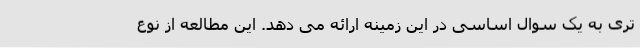
تری به یک سوال اساسی در این زمینه ارائه می دهد. این مطالعه از نوع